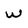
Character: W